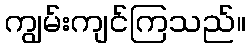
ကျွမ်းကျင်ကြသည်။